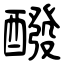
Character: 醱